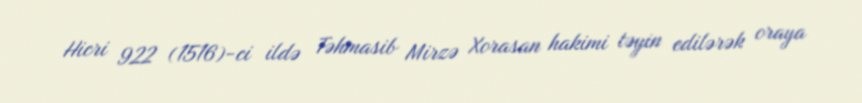
Hicri 922 (1516)-ci ildə Təhmasib Mirzə Xorasan hakimi təyin edilərək oraya